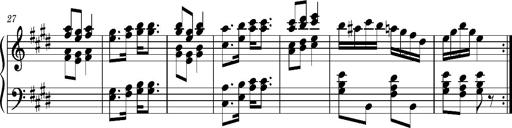
Title: Ungarischer Romanzero
Composer: Franz Liszt